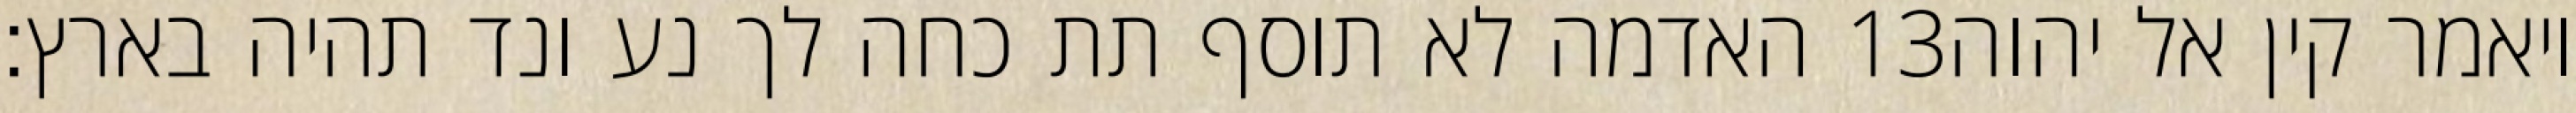
האדמה לא תוסף תת כחה לך נע ונד תהיה בארץ׃ ‎13‏ ויאמר קין אל יהוה